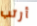
أرتب